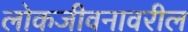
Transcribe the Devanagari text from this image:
लोकजीवनावरील